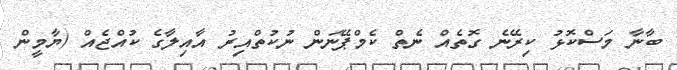
ބާނާ މަސްކޮޅު ކިރޭނެ ގޮތެއް ނެތް ކެމްޕޭނަން ނުކުތްއިރު އާއިލާގެ ކުއްޖެއް (ޔާމީން